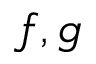
f , g